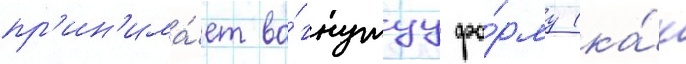
пр'ин'има́ет во́гнутуу фо́рму (ка́к